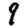
Digit: 9